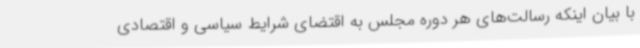
با بیان اینکه رسالت‌های هر دوره مجلس به اقتضای شرایط سیاسی و اقتصادی